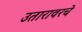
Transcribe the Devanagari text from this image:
उतारावरचे